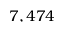
7 , 4 7 4